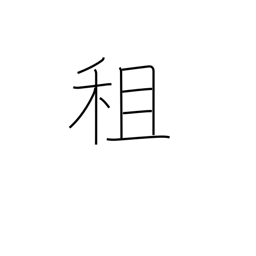
Meaning: borrowing